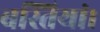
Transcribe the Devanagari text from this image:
बस्तियां।